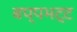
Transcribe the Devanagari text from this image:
बप्पभट्ट